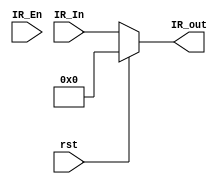
module IR(IR_In, IR_En, rst, IR_out);
input [15:0] IR_In; 
 
input IR_En, rst; 
output reg [15:0] IR_out;

//Register Out Functionality
always @(IR_En or rst) 
begin
 if(rst)
  IR_out <= 1'b0; 
  
 else  
  IR_out <= IR_In;
        
end 
endmodule